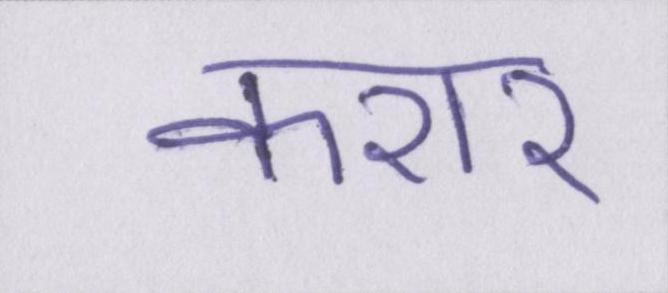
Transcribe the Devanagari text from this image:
करार